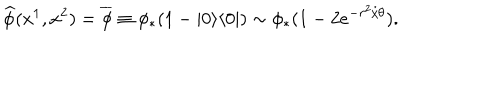
\widehat { \phi } ( x ^ { 1 } , x ^ { 2 } ) = \overline { { { \phi } } } \equiv \phi _ { * } ( 1 - | 0 \rangle \langle 0 | ) \sim \phi _ { * } ( 1 - 2 e ^ { - r ^ { 2 } / \theta } ) .